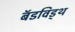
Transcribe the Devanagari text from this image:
बॅडविड्थ